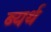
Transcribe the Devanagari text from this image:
ब्यर्थ